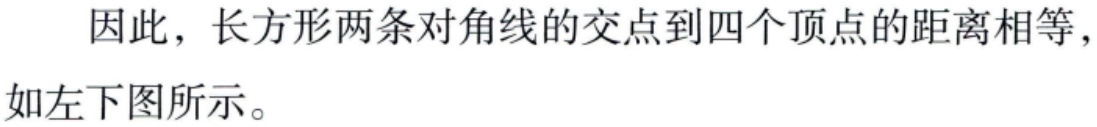
因此，长方形两条对角线的交点到四个顶点的距离相等，如左下图所示。